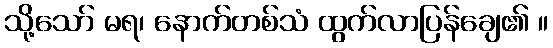
သို့သော် မရ၊ နောက်တစ်သံ ထွက်လာပြန်ချေ၏ ။